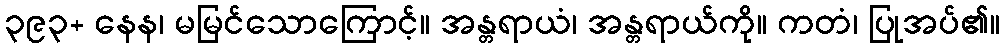
၃၉၃+ နေန၊ မမြင်သောကြောင့်။ အန္တရာယံ၊ အန္တရာယ်ကို။ ကတံ၊ ပြုအပ်၏။